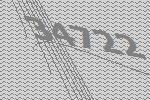
34722